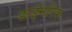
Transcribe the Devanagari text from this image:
डाईमरिक